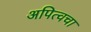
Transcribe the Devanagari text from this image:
अपित्वचा